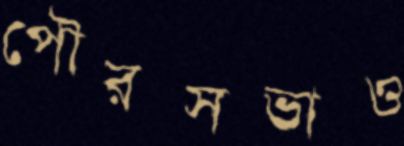
পৌরসভাও